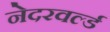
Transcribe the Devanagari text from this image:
नेदरवर्ल्ड